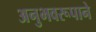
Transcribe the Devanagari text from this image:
अनुभवरूपाने